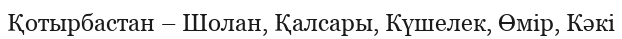
Қотырбастан – Шолан, Қалсары, Күшелек, Өмір, Кәкі